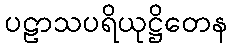
ပဠာသပရိယုဋ္ဌိတေန